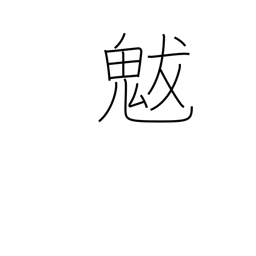
Meaning: (god of) drought